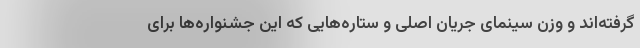
گرفته‌اند و وزن سینمای جریان اصلی و ستاره‌هایی که این جشنواره‌ها برای